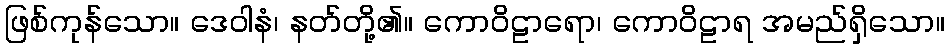
ဖြစ်ကုန်သော။ ဒေဝါနံ၊ နတ်တို့၏။ ကောဝိဠာရော၊ ကောဝိဠာရ အမည်ရှိသော။